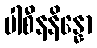
ပါစီနနိန္နော